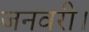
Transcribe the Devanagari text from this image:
जनवरी।